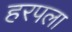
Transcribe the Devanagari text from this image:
हरपला